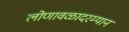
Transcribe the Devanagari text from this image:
लोणावळादरम्यान